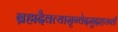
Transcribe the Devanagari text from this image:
ब्रह्मदैवत्यामृग्वेदमुदाहरन्तीं